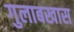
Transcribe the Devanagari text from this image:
गुलाबखास